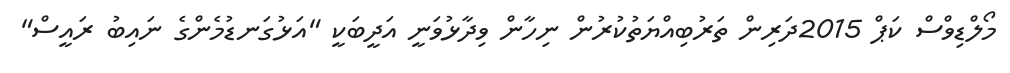
މޯލްޑިވްސް ކަޕް 2015ދަރިން ތަރުބިއްޔަތުކުރުން ނިހާން ވިދާޅުވަނީ އަދީބަކީ "އަޅުގަނޑުމެންގެ ނައިބު ރައީސް"